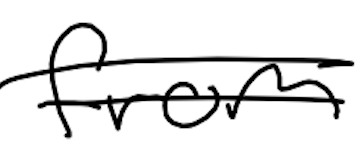
Text: from
Cross-out: double-line
Writing tool: digital_black